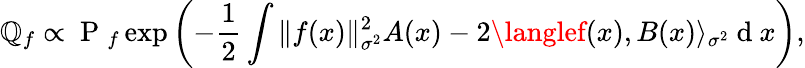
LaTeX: {\mathbb{Q}}_{f}\propto\mathrm{{~P~}}_{f}\exp\left({-\frac{{1}}{{2}}\int\| f(x)\| _{\sigma^{2}}^{2}A(x)-2\langlef(x),B(x)\rangle_{\sigma^{2}}}\mathrm{{~d~}}x\right),